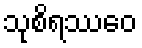
သုစိရဿေဝ